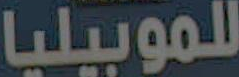
للموبيليا